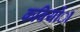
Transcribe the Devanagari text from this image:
कवियोंा